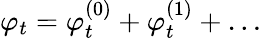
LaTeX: \varphi_{t}=\varphi_{t}^{(0)}+\varphi_{t}^{(1)}+\dots